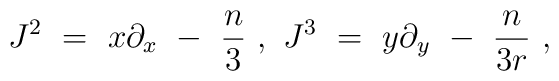
J^2\  =\ x \partial_x\ -\ {n \over 3} \ ,\ J^3\  =\ y \partial_y\ -\ {n\over {3r}} \ ,